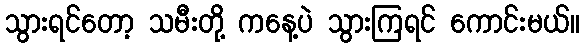
သွားရင်တော့ သမီးတို့ ကနေ့ပဲ သွားကြရင် ကောင်းမယ်။